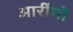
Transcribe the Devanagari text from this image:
आर्रीगो